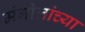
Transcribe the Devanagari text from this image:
मंगोलांच्या